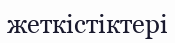
жеткістіктері